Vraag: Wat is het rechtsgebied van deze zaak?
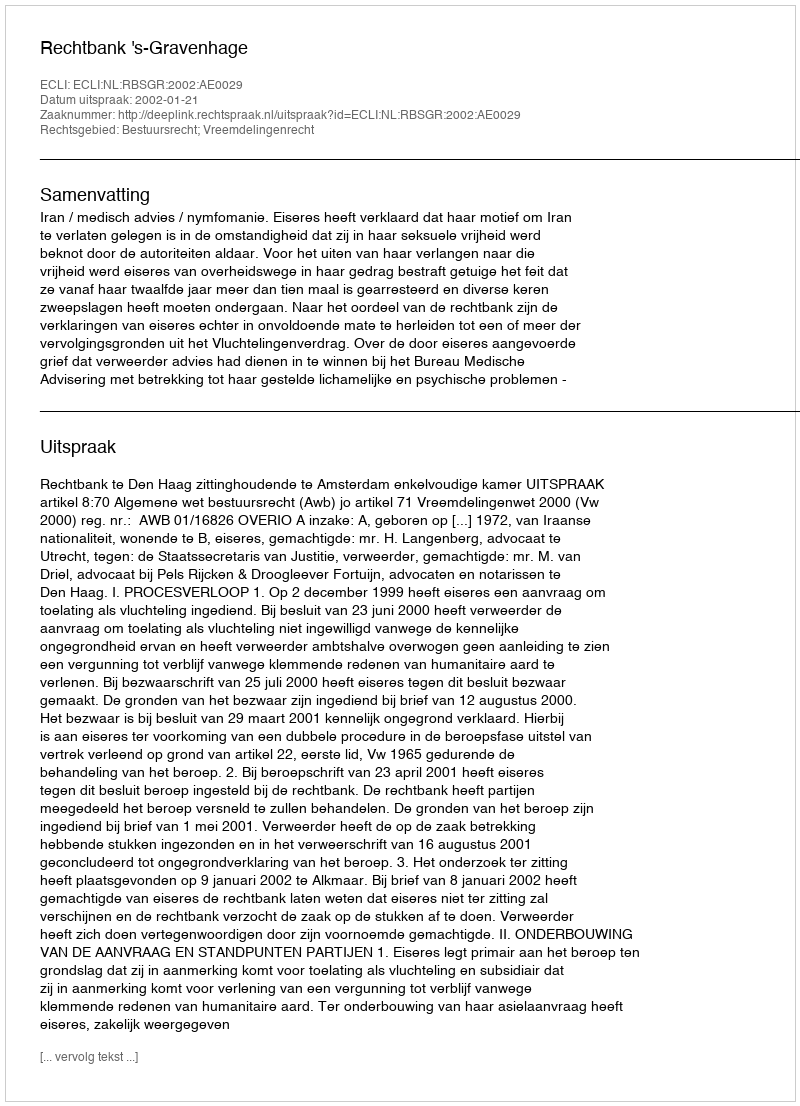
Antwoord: Bestuursrecht; Vreemdelingenrecht